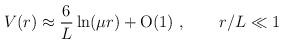
LaTeX: \begin{align*}V(r) \approx \frac{6}{L} \ln (\mu r)+ \mbox{O}(1)\ , \qquad r/L \ll 1\end{align*}